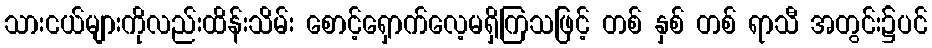
သားငယ်များကိုလည်းထိန်းသိမ်း စောင့်ရှောက်လေ့မရှိကြသဖြင့် တစ် နှစ် တစ် ရာသီ အတွင်း၌ပင်